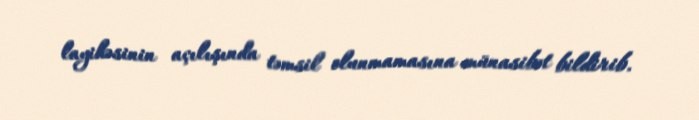
layihəsinin açılışında təmsil olunmamasına münasibət bildirib.